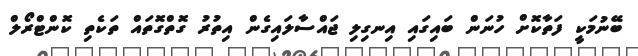
ބޭނުމަކީ ފަތާކޮށް ހުނަން ބައިގައި އިނގިލި ޖައްސާލައިގެން އިތުރު ގޮތްގޮތައް ތަކެތި ކޮންޓްރޯލް